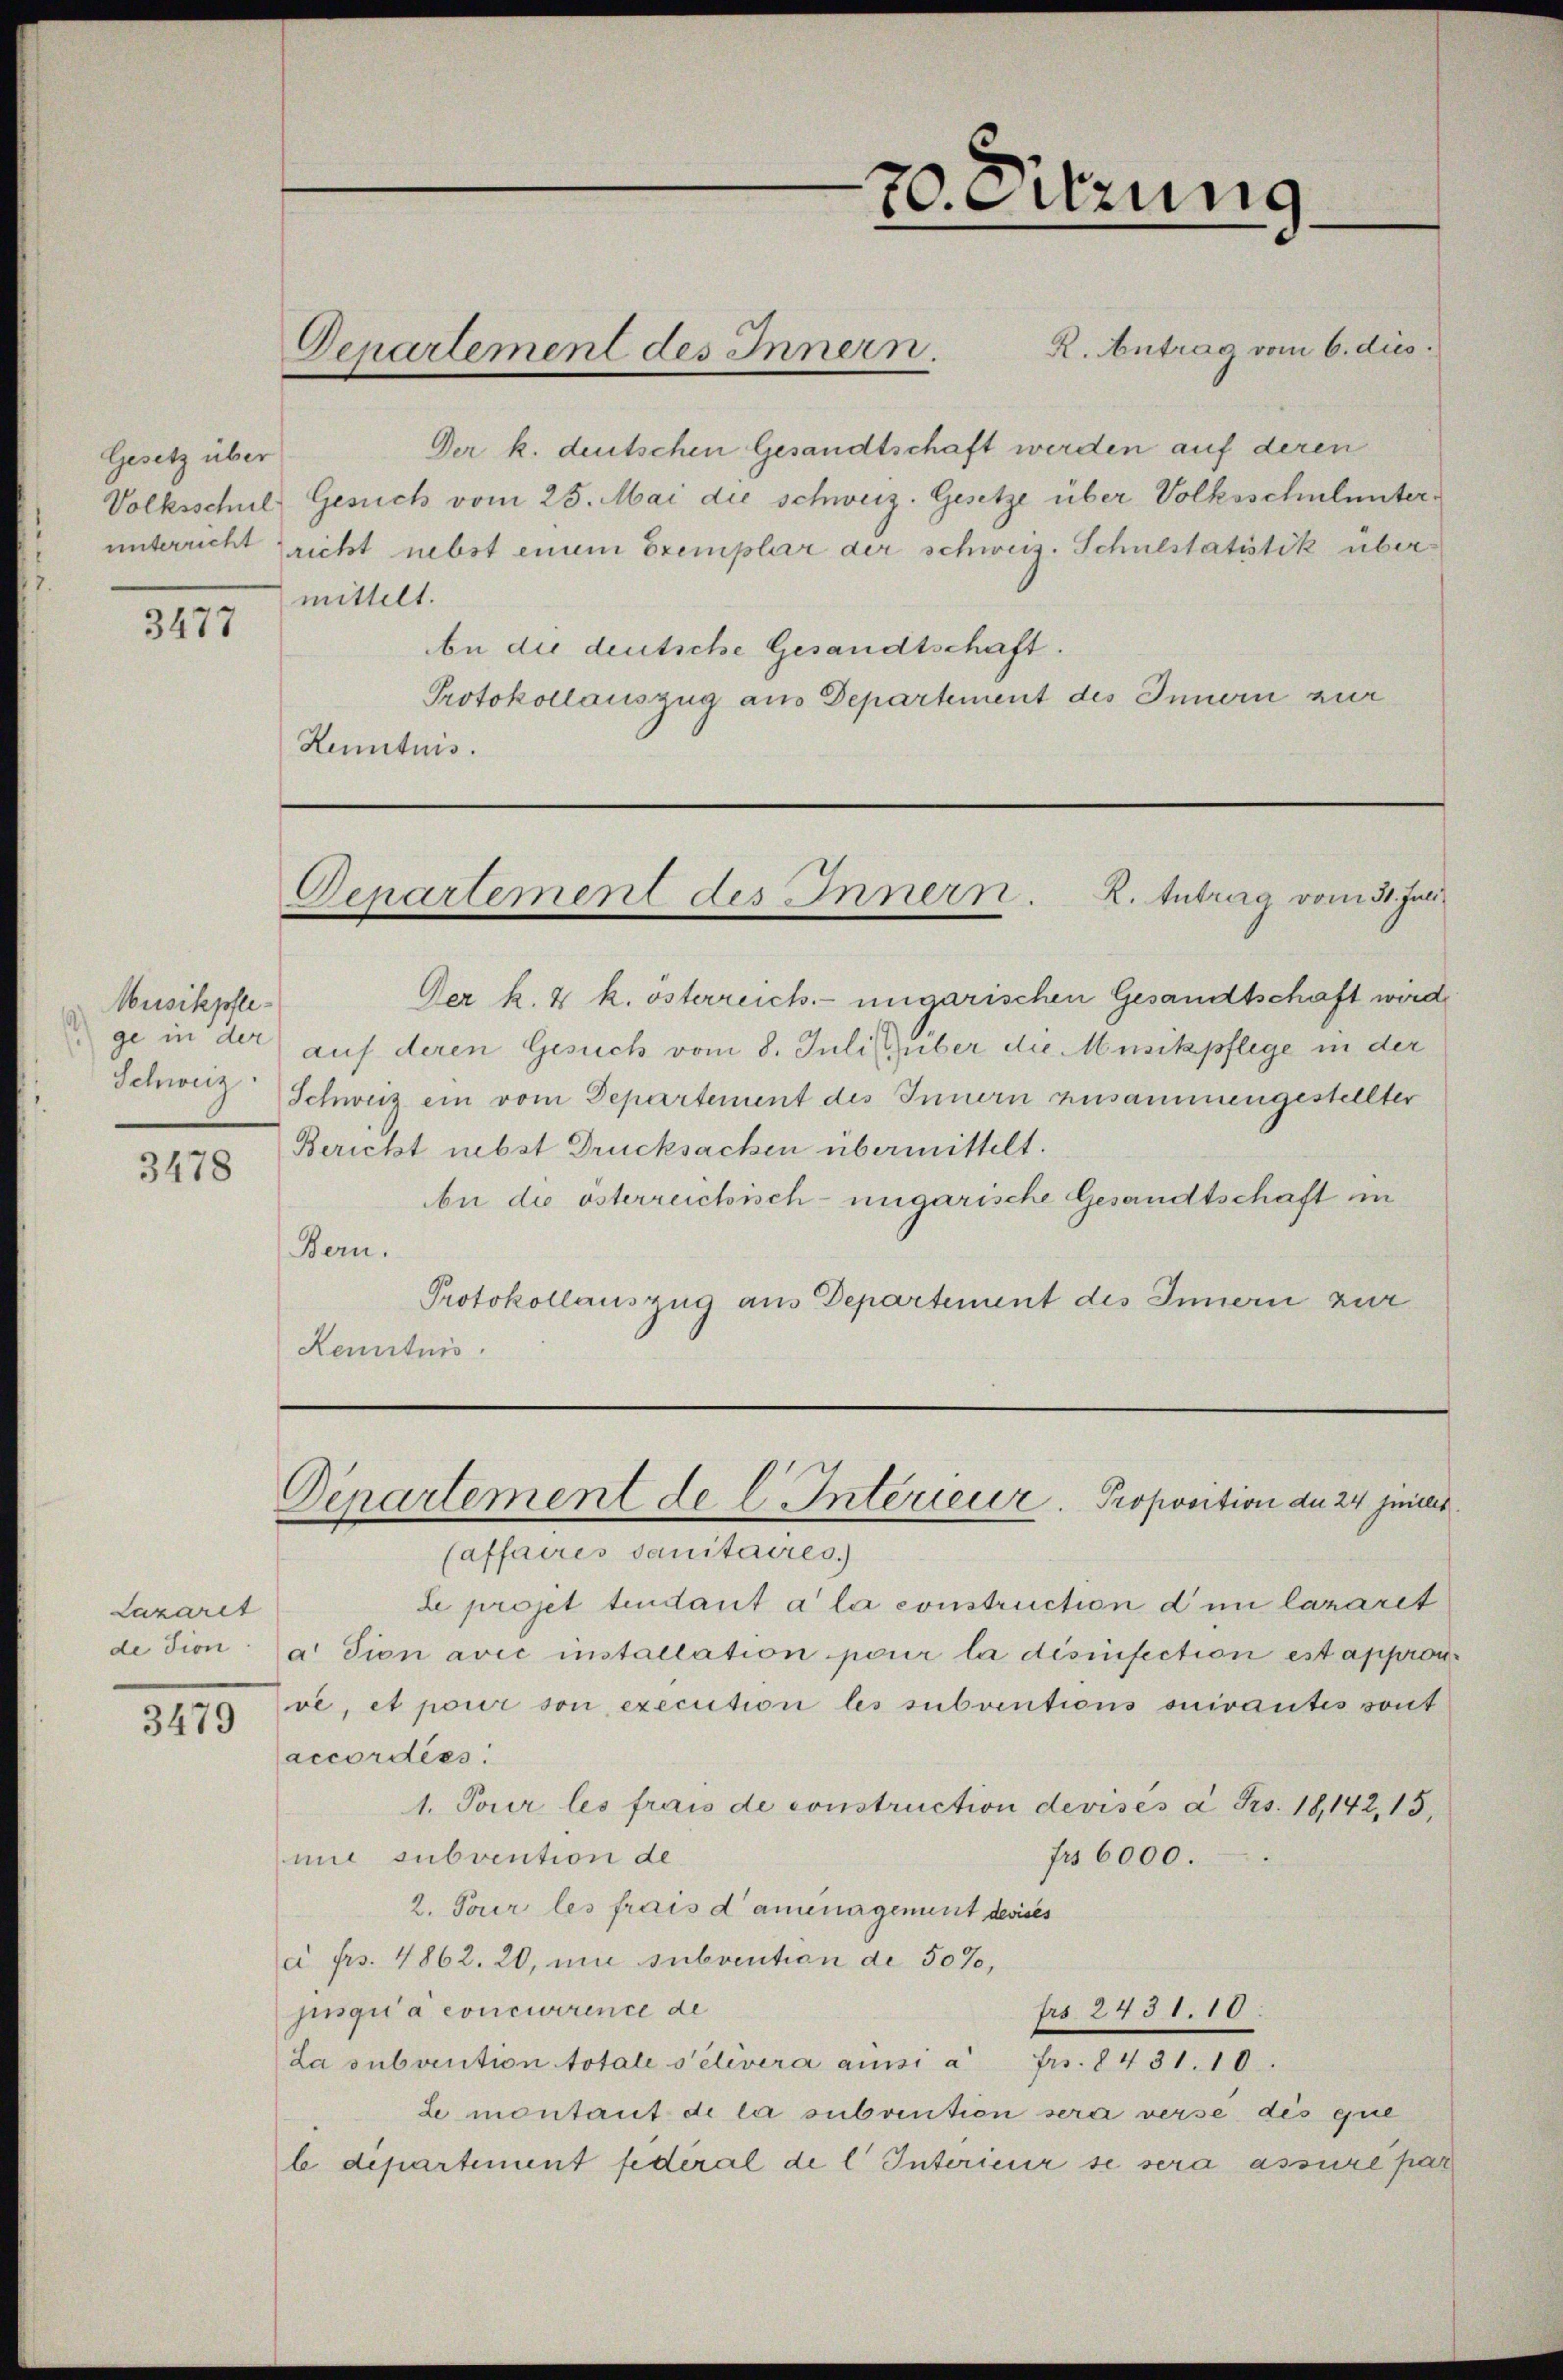
Gesetz über
Volksschul

3477

Musikpflege in der
3478

Lazarit
3479

R. Antrag vom 6. dies
Der k. deutschen Gesandtschaft werden auf deren
Gesuch vom 25. Mai die schweiz. Gesetze über Volksschulunterunterricht richt nebst einem Exemplar der schweiz. Schulstatistik über
mittelt.
An die deutsche Gesandtschaft.
Protokollauszug aus Departement des Innern zur
Kenntnis.

Departement des Innern.

70. Sitzung

Departement des Innern. K. Antrag vom 31. Juni

Departement de C. Intérieur. Proposition der 24 juites
Caffaires sanitaires.)

Der k. k. österreich. ungarischen Gesandtschaft wird
auf deren Gesuch vom 8. Juli über die Musikpflege in der
Schweiz Schweiz ein vom Departement des Innern zusammengestellter
Bericht nebst Drucksachen übermittelt.
be die österreichisch-ungarische Gesandtschaft in
Bern.
Protokollauszug aus Departement des Innern zur
Kenntnis.

Le projet tendant à la construction dem lazaret
de sion da sion avić installation pour la désinfection est approu
ve, et pour son execution les subventions ouirantes sont
accordiss
1. Tour les frais de construction devisés à Frs. 18142, 15,
mit subvention de
frs 6000.
2. Tour les frais damenagement desses
c Frs. 4862. 20, und subvention de 50%,
jisquia concierence de
Fro 2431.10.
La subvention totale s’élèvera ainsi à Fr. 8431.10.
de montant de la subvention sera verse des que
l departement fédéral de l Interieur se sera assure par